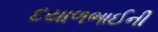
દયાળભાઈની